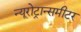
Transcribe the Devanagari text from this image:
न्यूरोट्रान्समीटर